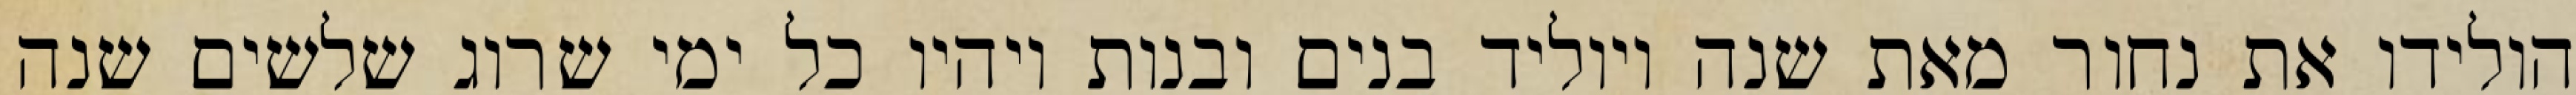
הולידו את נחור מאת שנה ויוליד בנים ובנות ויהיו כל ימי שרוג שלשים שנה